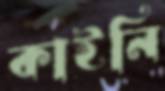
কাইনি